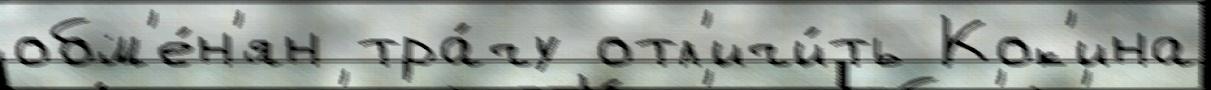
обм'е́н'ян тра́чу отл'ичи́ть Кок'ина